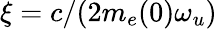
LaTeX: \xi=c/(2m_{e}(0)\omega_{u})